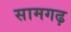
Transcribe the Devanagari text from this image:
सामगढ़